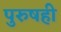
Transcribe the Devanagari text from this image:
पुरुषही